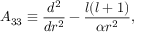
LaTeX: A _ { 3 3 } \equiv { \frac { d ^ { 2 } } { d r ^ { 2 } } } - { \frac { l ( l + 1 ) } { \alpha r ^ { 2 } } } ,